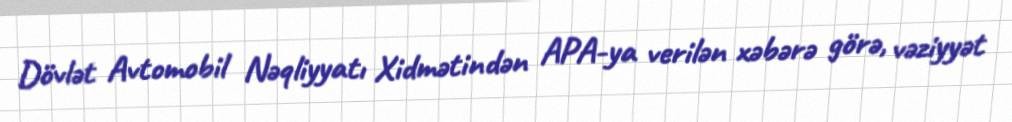
Dövlət Avtomobil Nəqliyyatı Xidmətindən APA-ya verilən xəbərə görə, vəziyyət